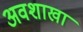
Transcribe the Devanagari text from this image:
अवशाखा